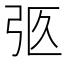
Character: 𢏉